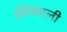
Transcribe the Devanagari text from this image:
सेरेकाली